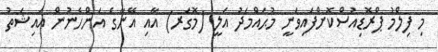
މި ފިލްމު ޕްރޮޑިއުސްކޮށްފައިވަނީ މުޙައްމަދު އަލީ (މޮގަރ) އާއި އޭނާގެ އަންހެނުން އައިޝަތު